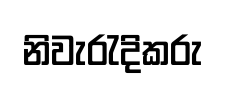
නිවැරැදිකරු